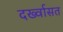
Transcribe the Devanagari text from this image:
दर्ख्वासत